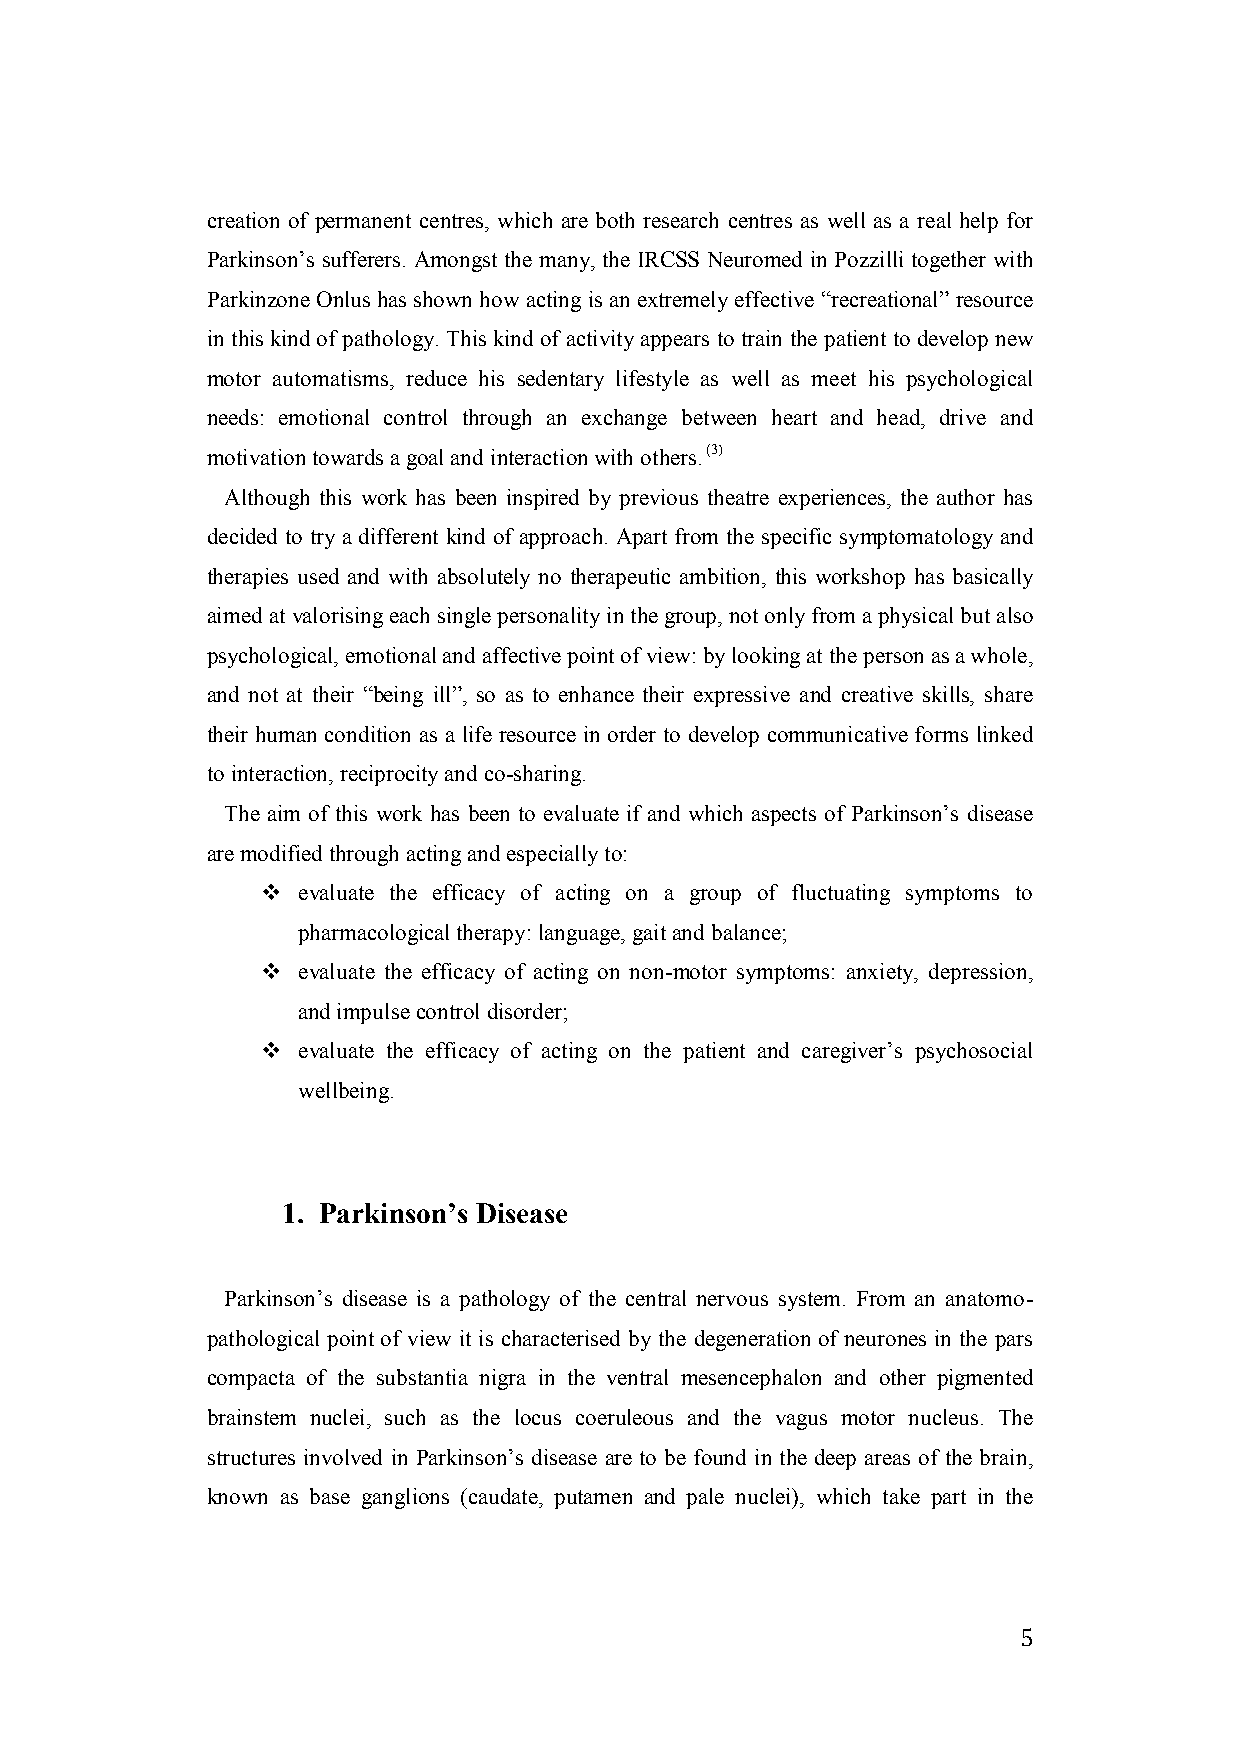
creation of permanent centres, which are both research centres as well as a real help for
 Parkinson’s sufferers. Amongst the many, the IRCSS Neuromed in Pozzilli together with
 Parkinzone Onlus has shown how acting is an extremely effective “recreational” resource
 in this kind of pathology. This kind of activity appears to train the patient to develop new
 motor automatisms, reduce his sedentary lifestyle as well as meet his psychological
 needs: emotional control through an exchange between heart and head, drive and
 motivation towards a goal and interaction with others. (3)
 Although this work has been inspired by previous theatre experiences, the author has
 decided to try a different kind of approach. Apart from the specific symptomatology and
 therapies used and with absolutely no therapeutic ambition, this workshop has basically
 aimed at valorising each single personality in the group, not only from a physical but also
 psychological, emotional and affective point of view: by looking at the person as a whole,
 and not at their “being ill”, so as to enhance their expressive and creative skills, share
 their human condition as a life resource in order to develop communicative forms linked
 to interaction, reciprocity and co-sharing.
 The aim of this work has been to evaluate if and which aspects of Parkinson’s disease
 are modified through acting and especially to:
   evaluate the efficacy of acting on a group of fluctuating symptoms to
 pharmacological therapy: language, gait and balance;
   evaluate the efficacy of acting on non-motor symptoms: anxiety, depression,
 and impulse control disorder;
   evaluate the efficacy of acting on the patient and caregiver’s psychosocial
 wellbeing.
 1. Parkinson’s Disease
 Parkinson’s disease is a pathology of the central nervous system. From an anatomo-
 pathological point of view it is characterised by the degeneration of neurones in the pars
 compacta of the substantia nigra in the ventral mesencephalon and other pigmented
 brainstem nuclei, such as the locus coeruleous and the vagus motor nucleus. The
 structures involved in Parkinson’s disease are to be found in the deep areas of the brain,
 known as base ganglions (caudate, putamen and pale nuclei), which take part in the
 5